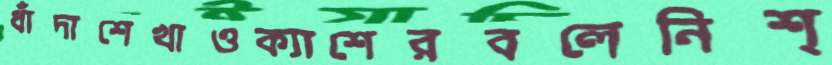
ধাঁদাশেখাওক্যাশেরবলেনিশ্